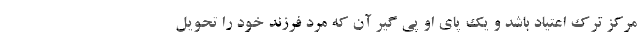
مرکز ترک اعتیاد باشد و یک پای او پی گیر آن که مرد فرزند خود را تحویل